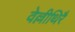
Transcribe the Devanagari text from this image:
वेल्लीथिरै